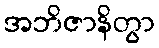
အဘိဇာနိတွာ